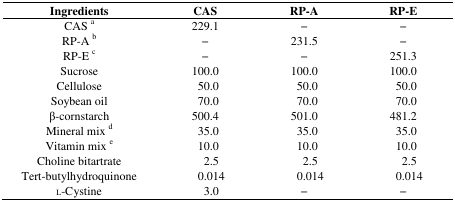
| Ingredients | CAS | RP-A | RP-E |
 | --- | --- | --- | --- |
 | CAS a | 229.1 | − | − |
 | RP-A b | − | 231.5 | − |
 | RP-E c | − | − | 251.3 |
 | Sucrose | 100.0 | 100.0 | 100.0 |
 | Cellulose | 50.0 | 50.0 | 50.0 |
 | Soybean oil | 70.0 | 70.0 | 70.0 |
 | β-cornstarch | 500.4 | 501.0 | 481.2 |
 | Mineral mix d | 35.0 | 35.0 | 35.0 |
 | Vitamin mix e | 10.0 | 10.0 | 10.0 |
 | Choline bitartrate | 2.5 | 2.5 | 2.5 |
 | Tert-butylhydroquinone | 0.014 | 0.014 | 0.014 |
 | l-Cystine | 3.0 | − | − |